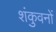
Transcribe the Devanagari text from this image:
शंकुवनों